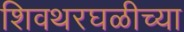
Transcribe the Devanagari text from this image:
शिवथरघळीच्या